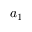
a _ { 1 }